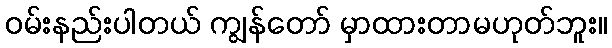
ဝမ်းနည်းပါတယ် ကျွန်တော် မှာထားတာမဟုတ်ဘူး။